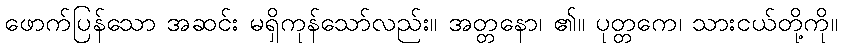
ဖောက်ပြန်သော အဆင်း မရှိကုန်သော်လည်း။ အတ္တနော၊ ၏။ ပုတ္တကေ၊ သားငယ်တို့ကို။